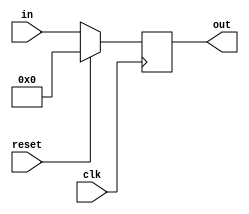
`timescale 1ns / 1ps
//////////////////////////////////////////////////////////////////////////////////
module pc #(parameter  n= 32)(
 input clk,
 input reset,
 input[n-1 : 0] in,
 output reg[n-1 : 0] out 
 
  );
  
always @(posedge clk  )
 begin           
    if(reset)                                  
        out <= 32'h00000000;
    else               
        out <= in;

end


endmodule